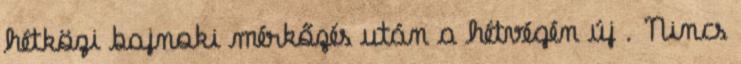
hétközi bajnoki mérkőzés után a hétvégén új . Nincs